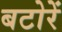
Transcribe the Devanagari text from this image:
बटोरें